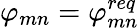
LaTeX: \varphi_{mn}=\varphi_{mn}^{req}